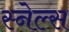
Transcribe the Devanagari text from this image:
स्नेल्स